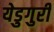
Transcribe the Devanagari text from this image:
येडुगुरी